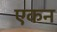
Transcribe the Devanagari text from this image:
एकन